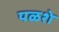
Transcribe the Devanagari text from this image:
पळशे